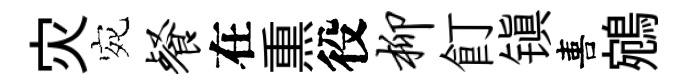
灾宛餐在𤋱役柳飣镇喜鵷